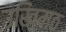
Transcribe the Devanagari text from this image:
उखिमठ